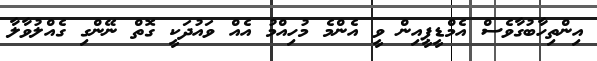
އިންތިހާބުގާވެސް އެމްޑީޕީއިން ވީ އެންމެ މުހިއްމު އެއް ވައުދަކީ ގޮތް ނޭންގި ގެއްލުވާލާ